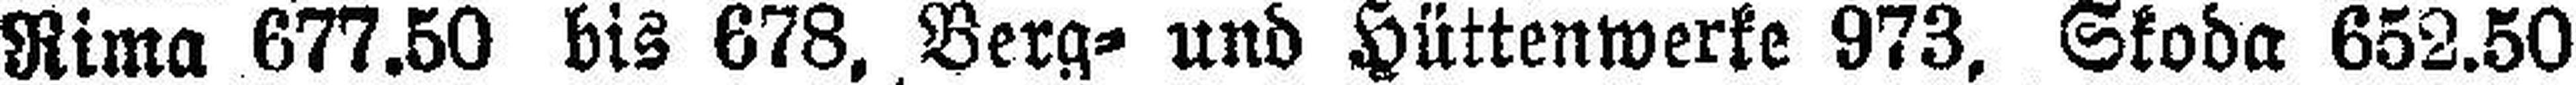
Rima 677.50 bis 678, Berg= und Hüttenwerke 973, Skoda 652.50